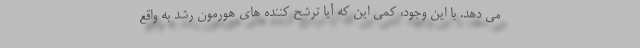
می دهد. با این وجود، کمی این که آیا ترشح کننده های هورمون رشد به واقع